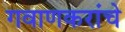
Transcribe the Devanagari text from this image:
गवाणकरांचे